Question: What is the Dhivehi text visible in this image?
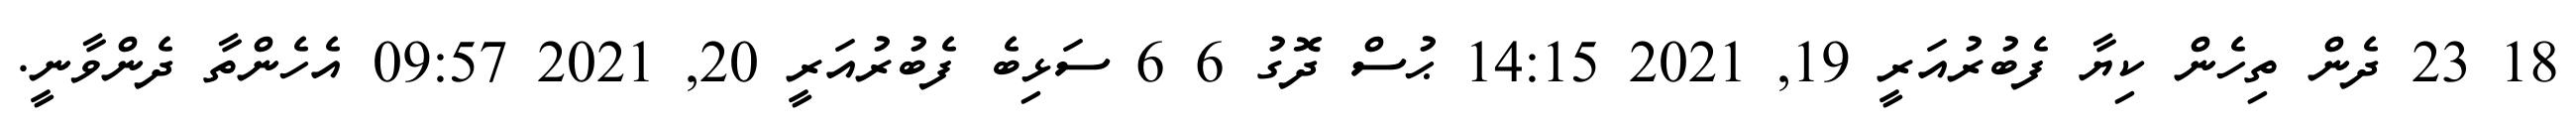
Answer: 18 23 ދެން ތިހެން ކިޔާ ފެބުރުއަރީ 19, 2021 14:15 ޙުސް ދޮގު 6 6 ސަޅިބެ ފެބުރުއަރީ 20, 2021 09:57 އެހެންތާ ދެންވާނީ.